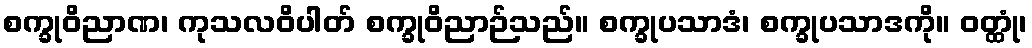
စက္ခုဝိညာဏ၊ ကုသလဝိပါတ် စက္ခုဝိညာဉ်သည်။ စက္ခုပသာဒံ၊ စက္ခုပသာဒကို။ ဝတ္ထုံ၊